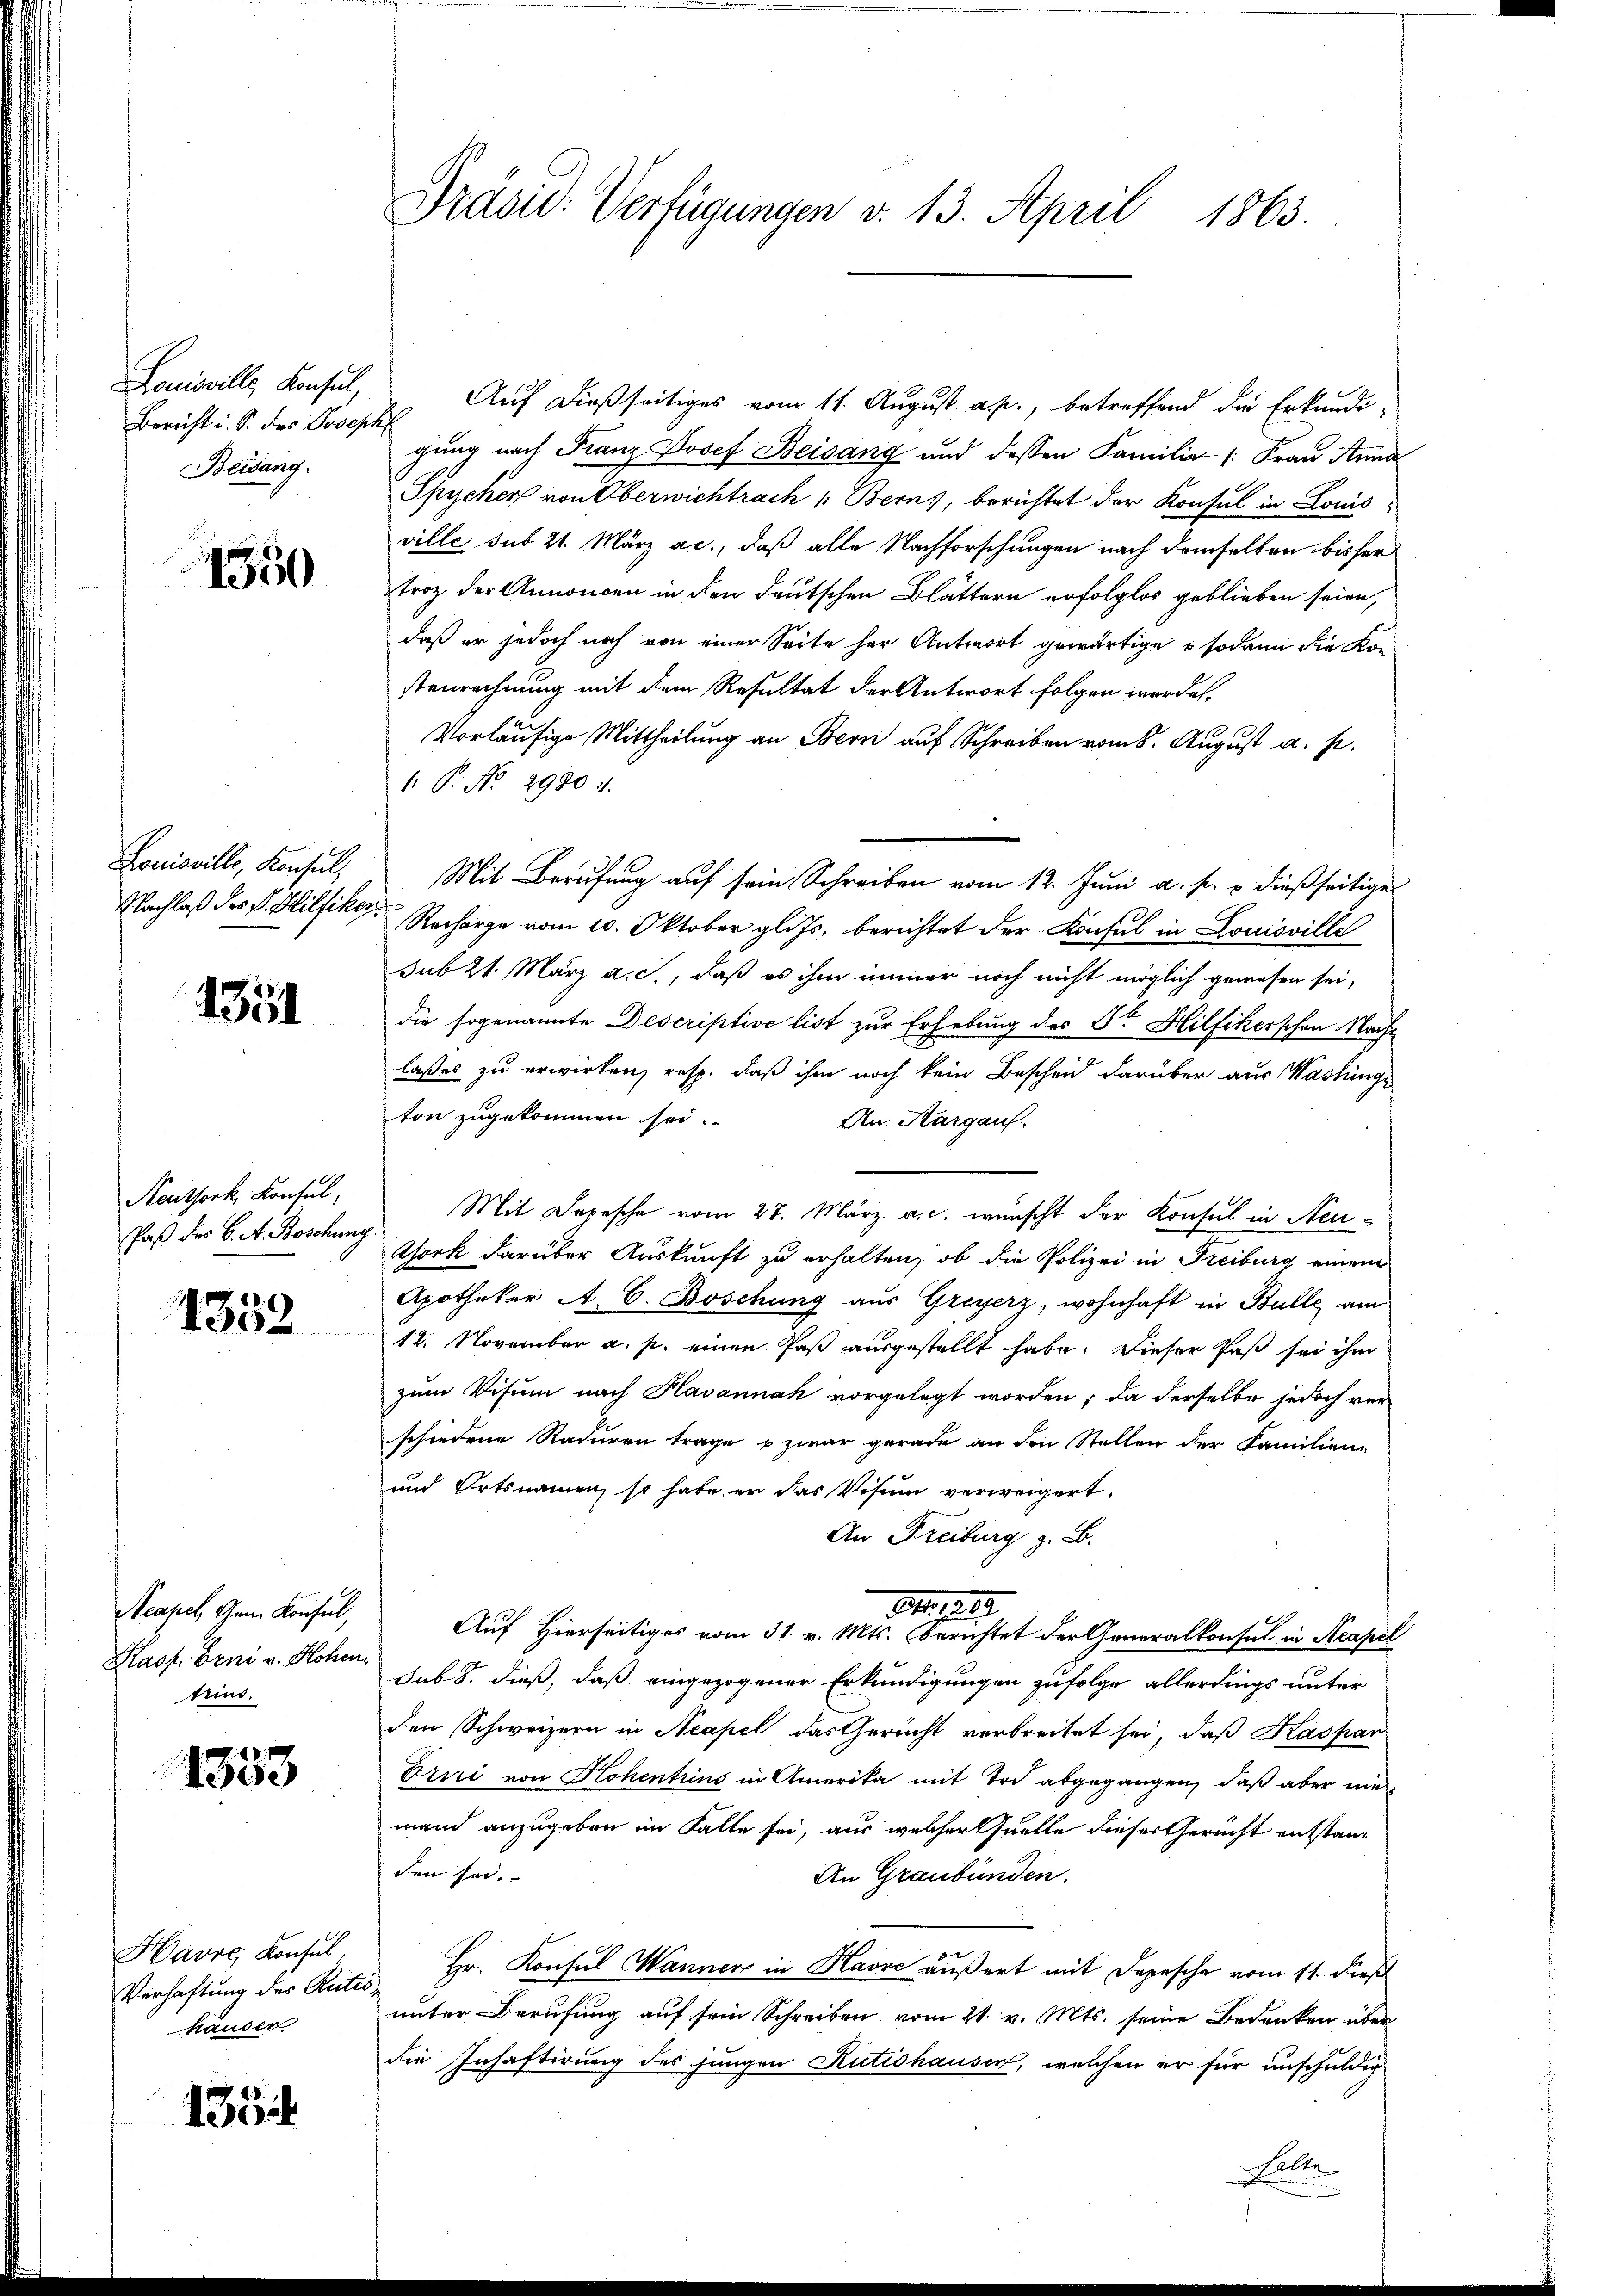
Louisville, Konsul,
Bericht i. S. des Joseph
Beisang.

1350

Louisville, Konsul
Nachlaß des F. Hilfiker

1351

Neuthork, Konsul,
Paß des C. A. Boschung

1332

Neapel, Gem. Konsul,
Kasp. Erni v. Hohen
trius.

1353

Havre, Konsul,
Verhaftung des Reiter
häuser

1354

Präsid. Verfügungen v. 13. April 1863.

Auf dießseitiges vom 11. August a. p., betreffend die Erkundigung nach Franz Josef Beisang und dessen Familie (: Frau Anna
Spycher von Oberwichtrach 1. Berns, berichtet der Konsul in Louis-
ville sub 21. März a.c., daß alle Nachforschungen nach demselben bisher
troz der Annoncen in den deutschen Blättern erfolglos geblieben seien,
daß er jedoch noch von einer Seite her Antwort gewärtige o sodann die Kon
stenrechnung mit dem Resultat der Antwort folgen werde.
Vorläufige Mittheilung an Bern auf Schreiben vom 8. August a. p.
 P. No. 2980. 11.
Mit Berufung auf sein Schreiben vom 12. Juni a. p. u. dießseitige

Recharge vom 10. Oktober glits. berichtet der Konsul in Louisville
sub 21. März a. c., daß es ihm immer noch nicht möglich gewesen sei,
die sogenannte Descriptive list zur Erhebung des St. Hilfikerschen Nachlaßes zu erwirken, resp. daß ihm noch kein Bescheid darüber aus Washinge
ton zugekommen sei.
An Aargau.
Mit Depesche vom 27. März a.c. wünscht der Konsul in Neu¬
Gork darüber Auskunft zu erhalten, ob die Polizei in Freiburg einem
Apotheker A. C. Boschung aus Greyerz, wohnhaft in Bulle am
12. November a. p. einen Paß ausgestellt habe. Dieser Paß sei ihm
zum Visum nach Havannah vorgelegt worden; da derselbe jedoch verschiedene Raturen trage u zwar gerade an den Stellen der Familien¬
und Ortsnamen, so habe er das Visum verweigert.
An Freiburg z. B.
S. 1910
Auf Hierseitiges vom 31. v. Mts. berichtet der Generalkonsul in Neapel
sub S. dieß, daß eingezogener Erkundigungen zufolge allerdings unter
den Schweizern in Neapel das Gericht verbreitet sei, daß Kaspar
Erni von Kohentrins in Amerika mit Tod abgegangen, daß aber mi
mand anzugeben im Falte sei, aus welcher Quelle dieser Gericht entstanden sei.
An Graubünden.
 Hr. Konsul Wanners in Havre äußert mit Depesche vom 11. dieß
unter Berufung auf sein Schreiben vom 21. v. Mts. seine Bedenken über
die Inhaftirung des jungen Rütishauser, welchen er für unschuldig
Lalle